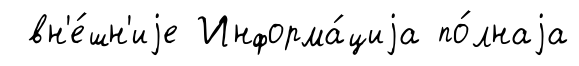
вн'е́шн'иjе Информа́циjа по́лнаjа